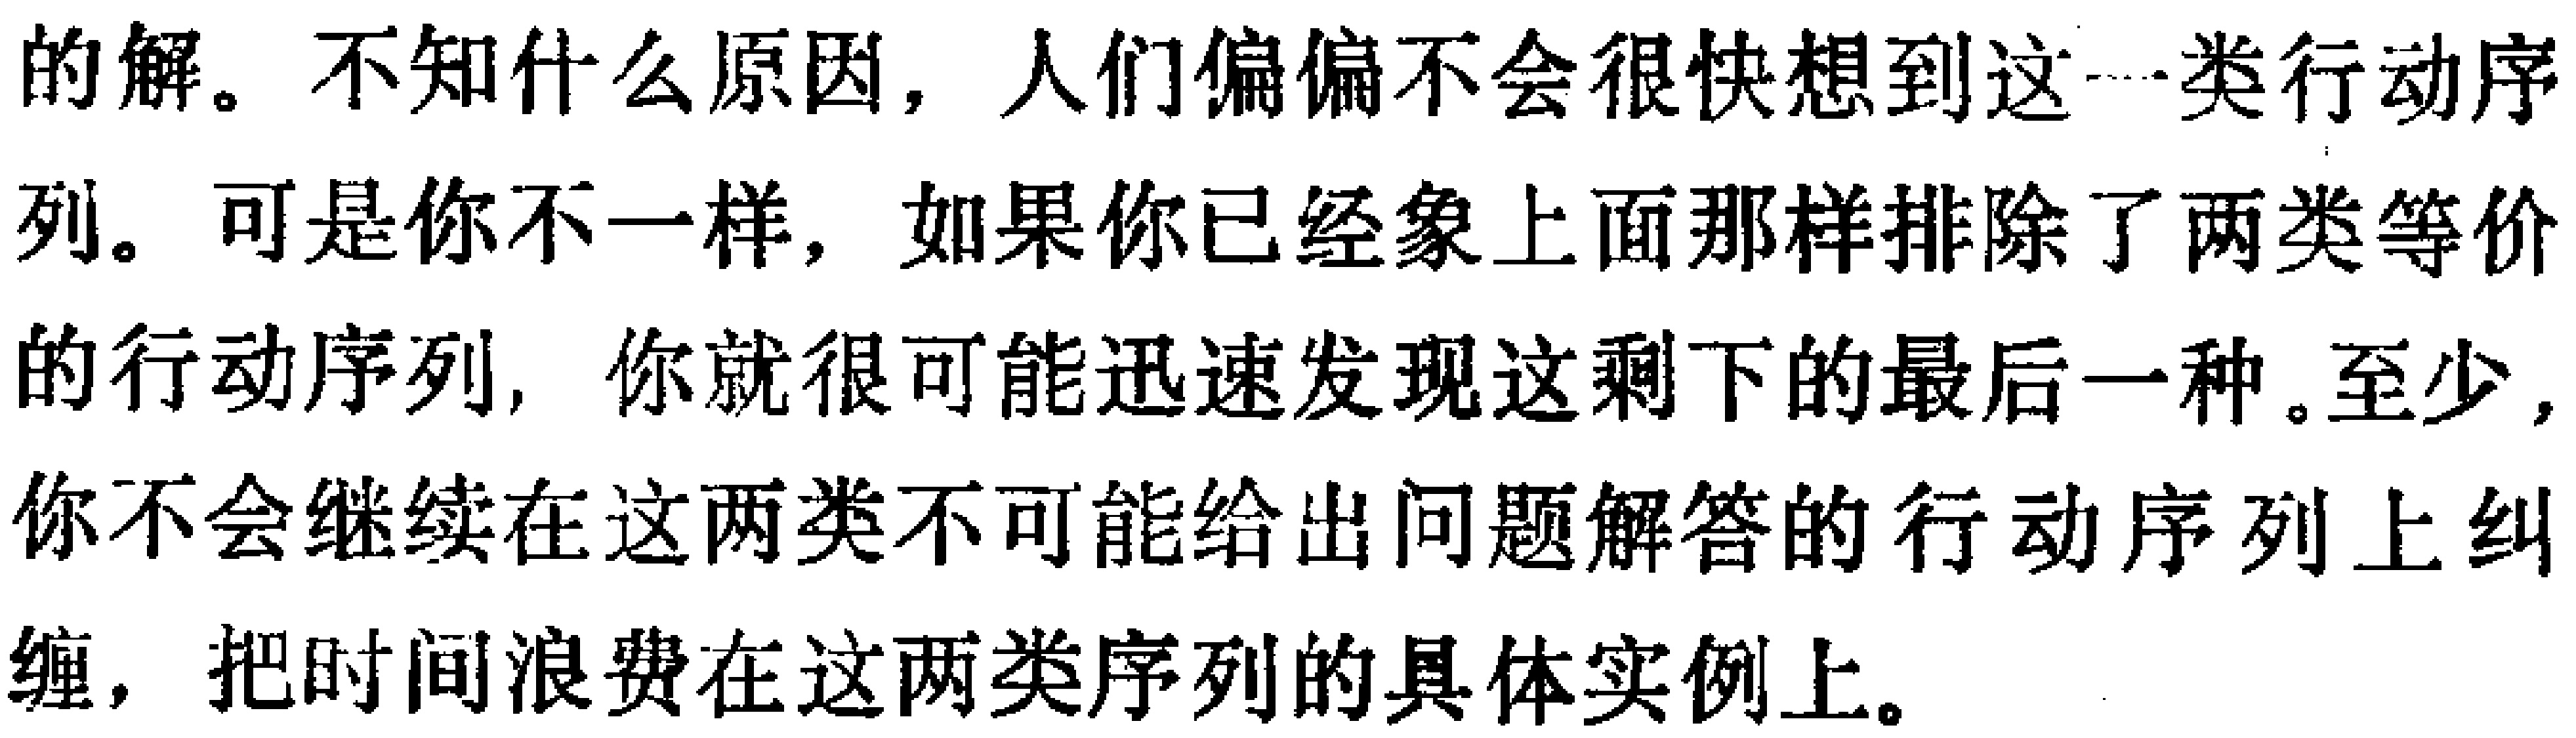
的解。不知什么原因，人们偏偏不会很快想到这一类行动序列。可是你不一样，如果你已经象上面那样排除了两类等价的行动序列，你就很可能迅速发现这剩下的最后一种。至少，你不会继续在这两类不可能给出问题解答的行动序列上纠缠，把时间浪费在这两类序列的具体实例上。